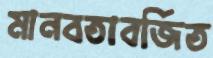
মানবতাবর্জিত